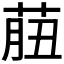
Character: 𦱙